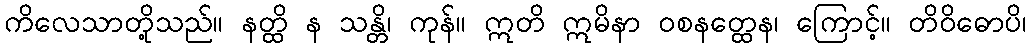
ကိလေသာတို့သည်။ နတ္ထိ န သန္တိ၊ ကုန်။ ဣတိ ဣမိနာ ဝစနတ္ထေန၊ ကြောင့်။ တိဝိဓောပိ၊